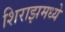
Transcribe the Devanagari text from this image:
शिराझमध्ये